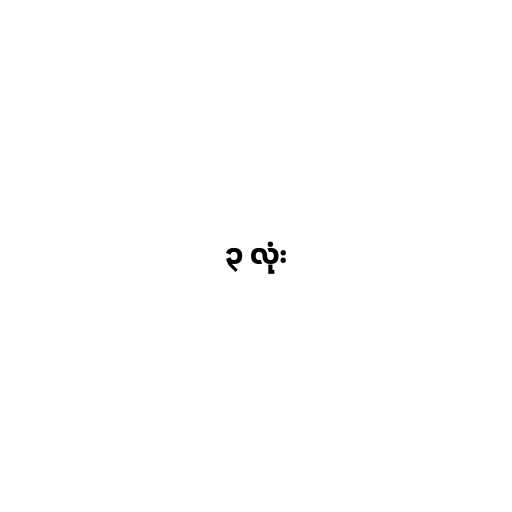
၃ လုံး